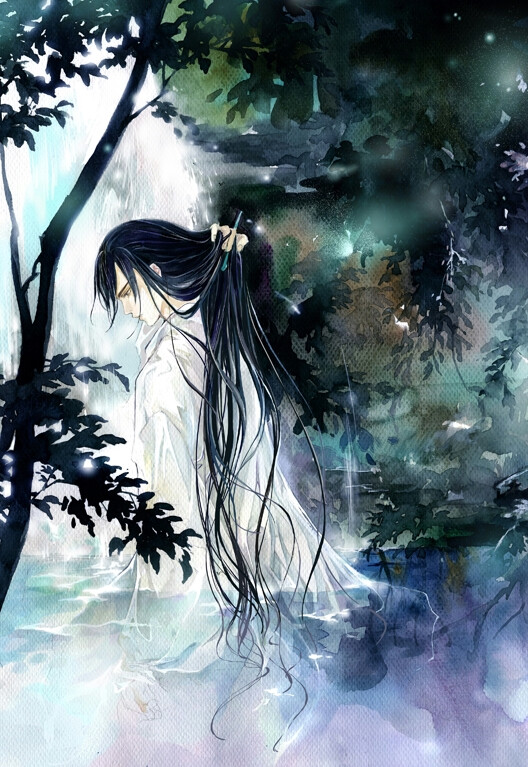
春未绿，鬓先丝。人间别久不成悲。